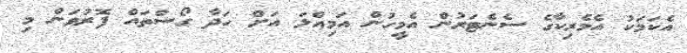
އެކަމަކު އެމެރިކާގެ ސެނެޓަރުން އެމީހުން އަމިއްލަ އަށް ހަދާ ގޯސްތައް ފޮރުވަން މި